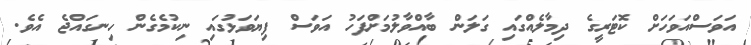
އަވަސްއަވަހަށް ކޮޓަރީގެ ދިމާލެއްގައި ގަލަން ބާއްވާލުމަށްފަހު އަވަސް ފިޔަވަޅުގައި ނިކުމެގެން ހިނގައްޖެ އެވެ.